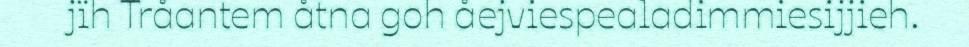
jïh Tråantem åtna goh åejviespealadimmiesijjieh.